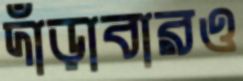
দাঁড়াবারও